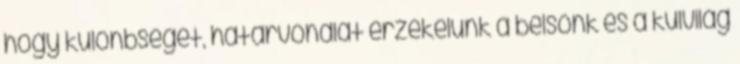
hogy különbséget, határvonalat érzékelünk a belsőnk és a külvilág